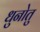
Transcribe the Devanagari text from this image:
धुनोतु